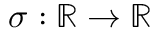
\sigma : \mathbb { R } \rightarrow \mathbb { R }